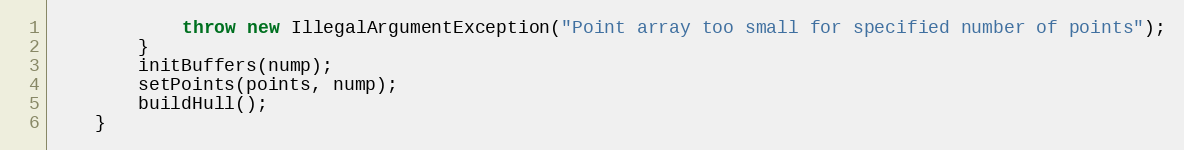
Language: Java
            throw new IllegalArgumentException("Point array too small for specified number of points");
        }
        initBuffers(nump);
        setPoints(points, nump);
        buildHull();
    }